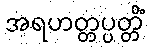
အရဟတ္တပ္ပတ္တိံ